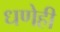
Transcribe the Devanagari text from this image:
धणेही